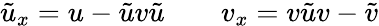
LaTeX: \tilde{u}_{x}=u-\tilde{u}v\tilde{u}\qquad v_{x}=v\tilde{u}v-\tilde{v}